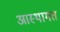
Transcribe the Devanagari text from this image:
आस्थागत